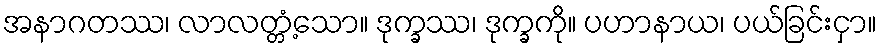
အနာဂတဿ၊ လာလတ္တံ့သော။ ဒုက္ခဿ၊ ဒုက္ခကို။ ပဟာနာယ၊ ပယ်ခြင်းငှာ။